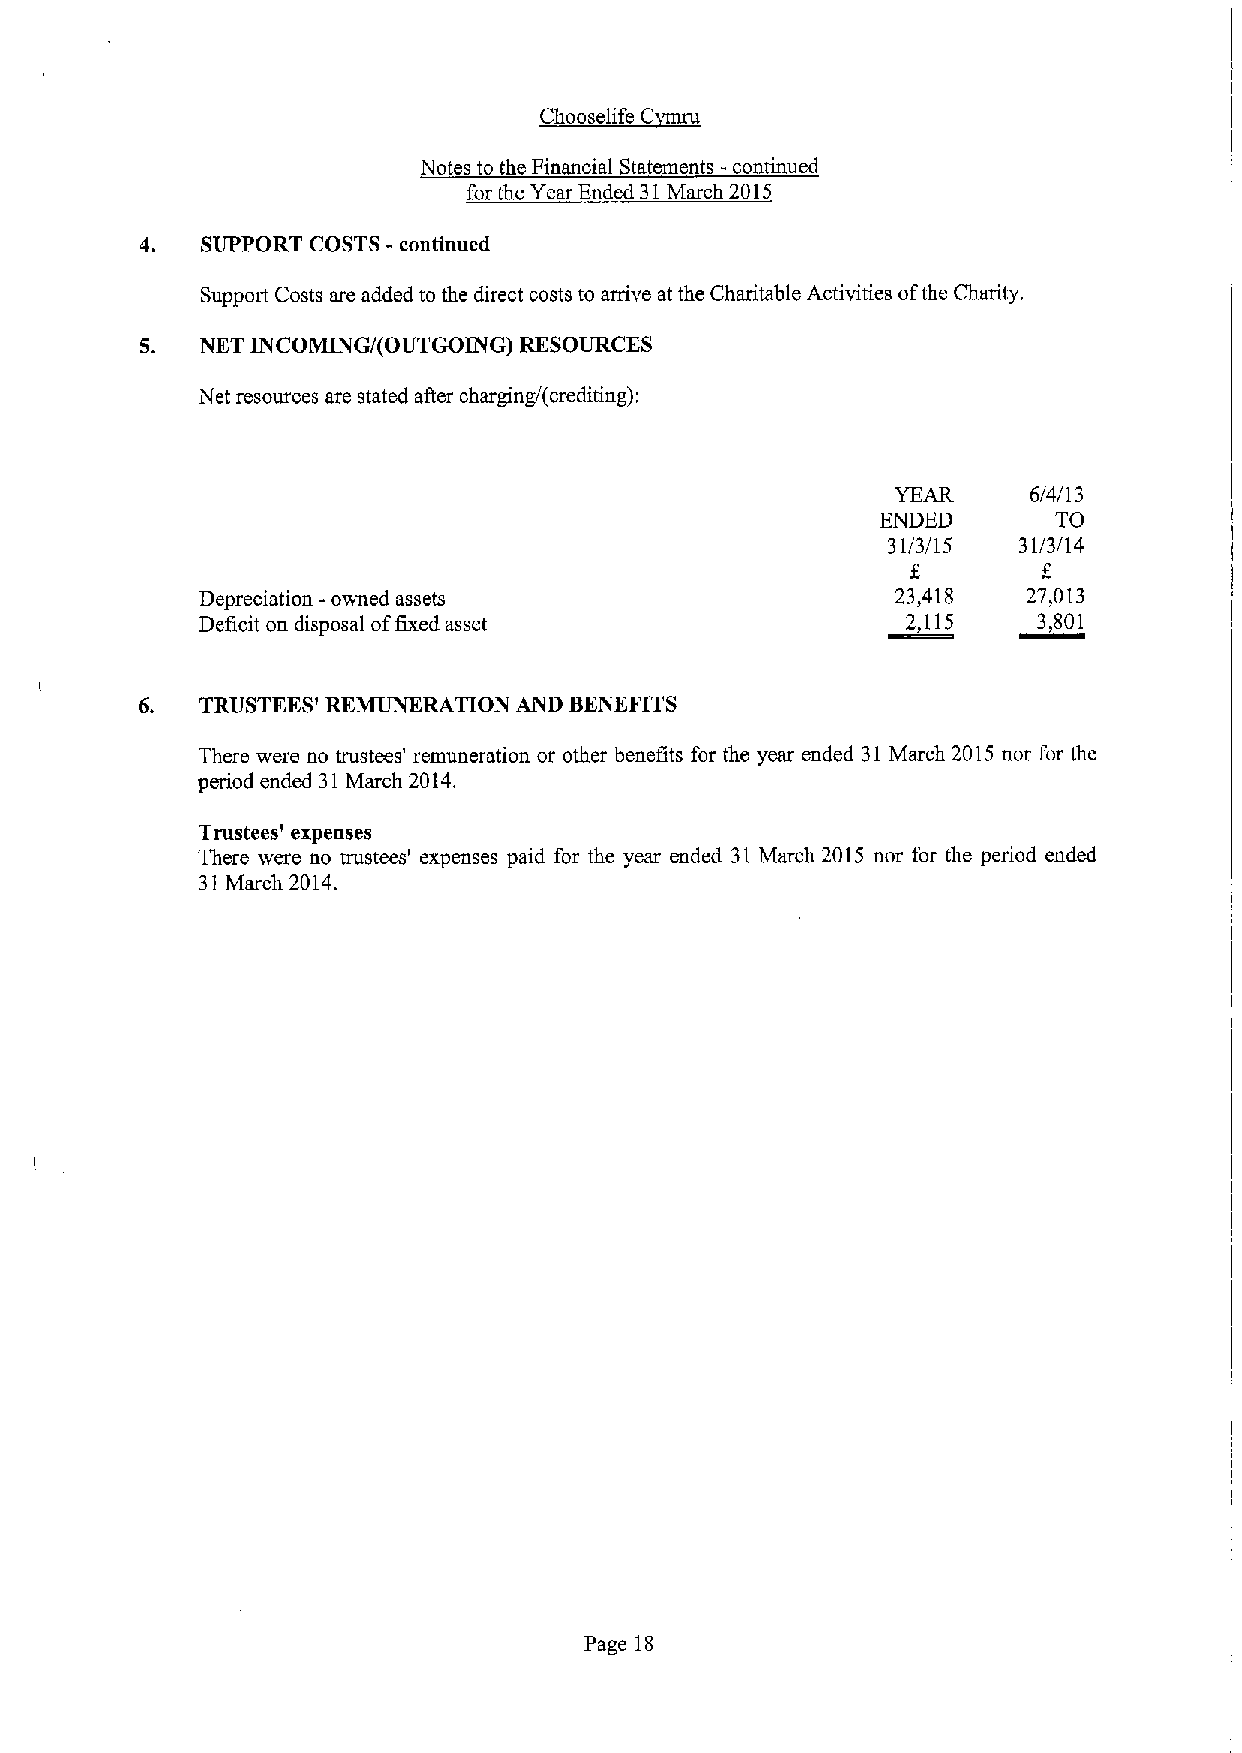
1f
 ~Cb   C
 Notes to the Financial Statements -continued
 for the Year Ended 31March 2015
 4.  SUPPORT COSTS - continued
 Support Costs are added to the direct costs to arrive at the Charitable Activities ofthe Charity.
 5.  NET INCOMING/(OUTGOING) RESOURCES
 Net resources are stated after charging/(crediting):
 YEAR     6/4/13
 ENDED       TO
 31/3/15 31/3/14
 Depreciation -owned assets                    23,418   27,013
 Deficit on disposal offixed asset              2,115    3,801
 6.  TRUSTEES' REMIPKRATTON AND BENEFITS
 There were no trustees' remuneration or other benefits for the year ended 31March 2015 nor for the
 period ended 31March 2014.
 Trustees' expenses
 There were no trustees' expenses paid for the year ended 31 March 2015 nor for the period ended
 31March 2014.
 Page 18